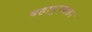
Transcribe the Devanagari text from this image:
बहादुरशहर